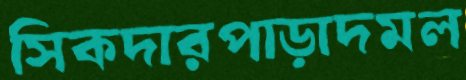
সিকদারপাড়াদমল